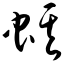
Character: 蜞